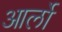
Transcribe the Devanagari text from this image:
आर्लो